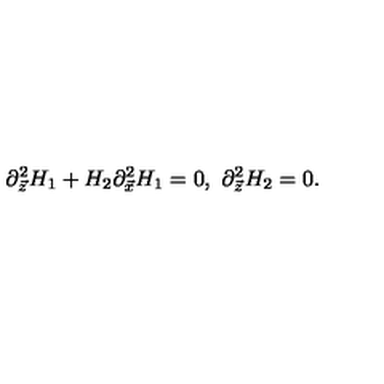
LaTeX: \partial _ { \vec { z } } ^ { 2 } H _ { 1 } + H _ { 2 } \partial _ { \vec { x } } ^ { 2 } H _ { 1 } = 0 , \ \partial _ { \vec { z } } ^ { 2 } H _ { 2 } = 0 .